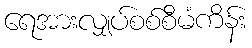
ရေအားလျှပ်စစ်စီမံကိန်း